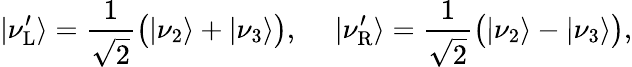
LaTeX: |\nu_{\mathrm{L}}^{\prime}\rangle=\frac{1}{\sqrt{2}}\big(|\nu_{2}\rangle+|\nu_{3}\rangle\big),~~~~~|\nu_{\mathrm{R}}^{\prime}\rangle=\frac{1}{\sqrt{2}}\big(|\nu_{2}\rangle-|\nu_{3}\rangle\big),